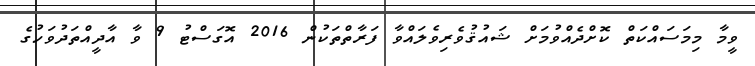
ވީމާ މިމަސައްކަތް ކޮށްދެއްވުމަށް ޝައުޤުވެރިވެލައްވާ ފަރާތްތަކުން 2016 އޮގަސްޓު 9 ވާ އާދީއްތަދުވަހުގެ